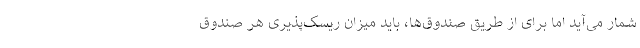
شمار می‌آید اما برای از طریق صندوق‌ها، باید میزان ریسک‌پذیری هر صندوق